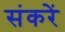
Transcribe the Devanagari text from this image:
संकरें